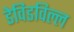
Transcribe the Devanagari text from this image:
डेविडविल्ल